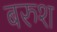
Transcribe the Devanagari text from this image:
बरुश